Report on vaccination in the Province of Bengal - 1874-1889
Year: 1874
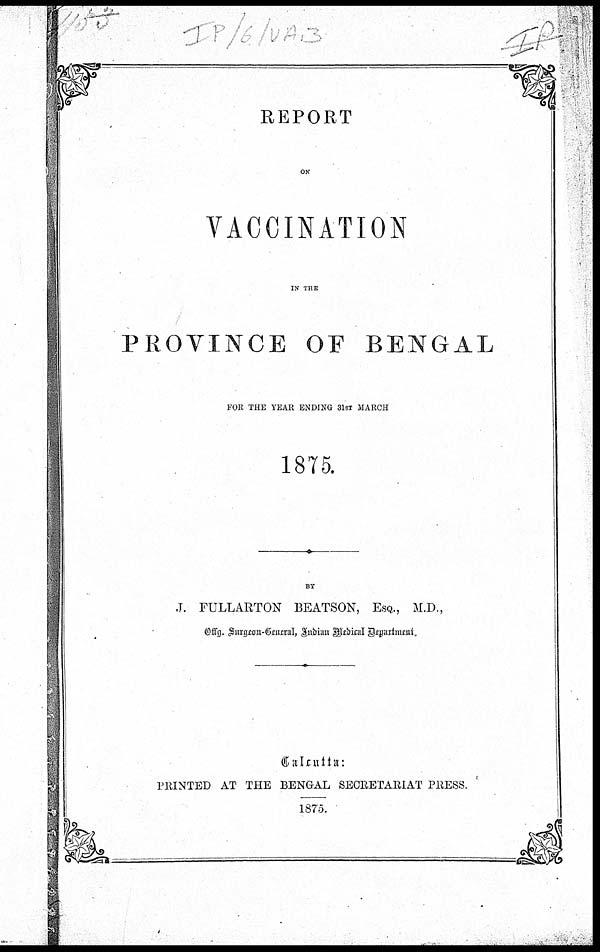
REPORT
ON
VACCINATION
IN THE
PROVINCE OF BENGAL
FOR THE YEAR ENDING 31ST MARCH
1875.
BY
J. FULLARTON BEATSON, ESQ., M.D.,
Offg. Surgeon-General, Indian Medical Department.
Calcutta:
PRINTED AT THE BENGAL SECRETARIAT PRESS.
1875.